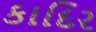
કાદિર